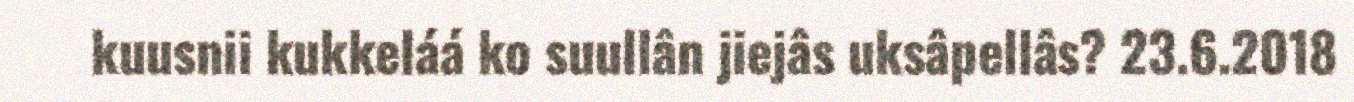
kuusnii kukkeláá ko suullân jiejâs uksâpellâs? 23.6.2018